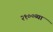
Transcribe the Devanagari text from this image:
२१००व्या